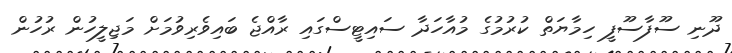
ދޫނި ސޫފާސޫފީ ހިމާޔަތް ކުރުމުގެ މުއާހަދާ ސައިޓީސްގައި ރާއްޖެ ބައިވެރިވުމަށް މަޖިލީހުން ރުހުން